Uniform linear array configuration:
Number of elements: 12
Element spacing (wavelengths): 0.5
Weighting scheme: exponential
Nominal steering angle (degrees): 45
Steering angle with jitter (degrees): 44.362
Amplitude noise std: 0.05
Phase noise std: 0.05

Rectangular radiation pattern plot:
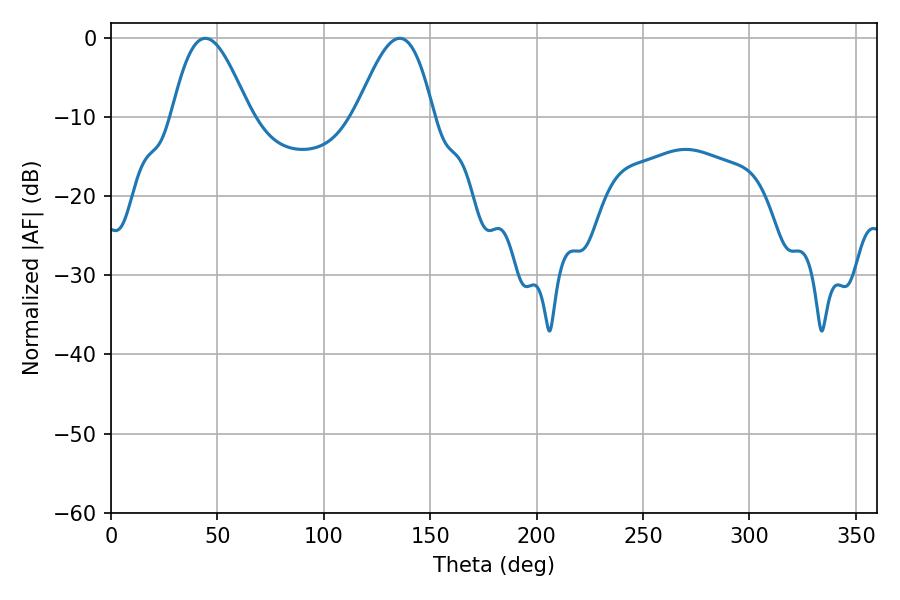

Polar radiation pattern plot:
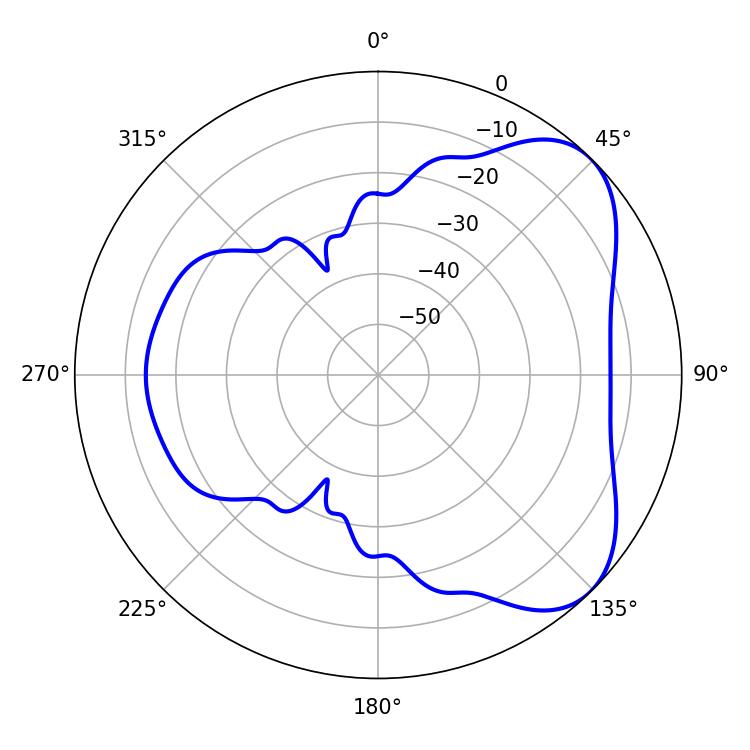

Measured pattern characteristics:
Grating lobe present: FALSE
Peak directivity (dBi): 5.682
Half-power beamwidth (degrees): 19.62
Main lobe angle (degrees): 44.28